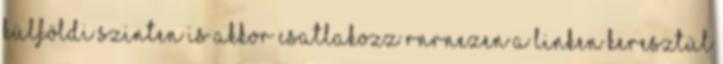
külföldi szinten is akkor csatlakozz rnrnEzen a linken keresztül